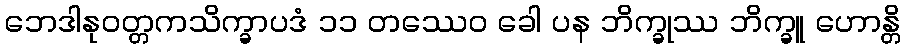
ဘေဒါနုဝတ္တကသိက္ခာပဒံ ၁၁ တဿေဝ ခေါ ပန ဘိက္ခုဿ ဘိက္ခူ ဟောန္တိ